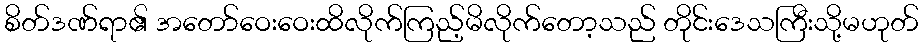
စိတ်ဒဏ်ရာ၏ အတော်ဝေးဝေးထိလိုက်ကြည့်မိလိုက်တော့သည် တိုင်းဒေသကြီးသို့မဟုတ်